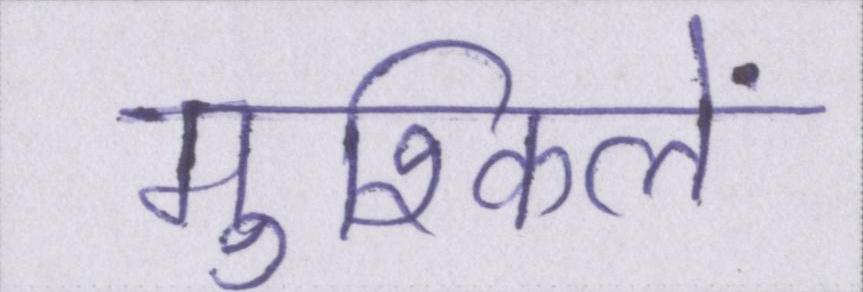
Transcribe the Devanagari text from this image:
मुश्किलें